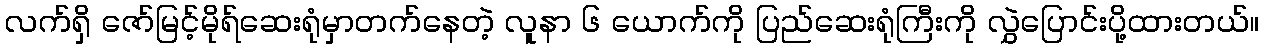
လက်ရှိ ဇော်မြင့်မိုရ်ဆေးရုံမှာတက်နေတဲ့ လူနာ ၆ ယောက်ကို ပြည်ဆေးရုံကြီးကို လွှဲပြောင်းပို့ထားတယ်။